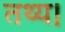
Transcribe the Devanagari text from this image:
तथ्य।